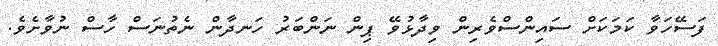
ފަސޭހަވާ ކަމަކަށް ސައިންސްވެރިން ވިދާޅުވޭ ޕިން ނަންބަރު ހަނދާން ނެތުނަސް ހާސް ނުވާށެވެ.